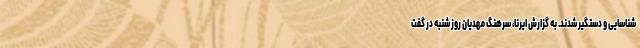
شناسایی و دستگیر شدند. به گزارش ایرنا، سرهنگ مهدیان روز شنبه در گفت